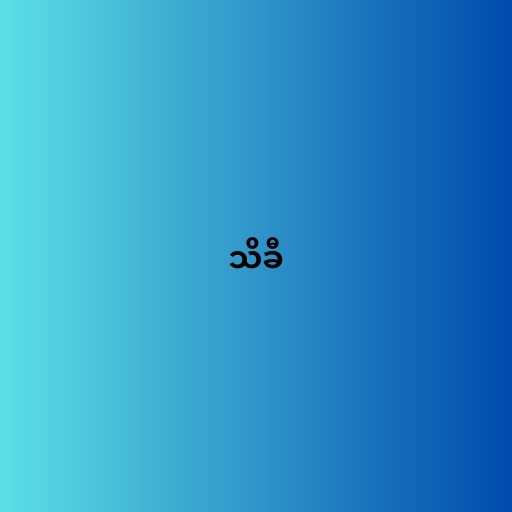
သိခီ